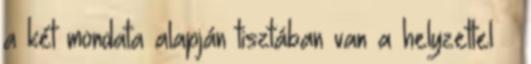
a két mondata alapján tisztában van a helyzettel –